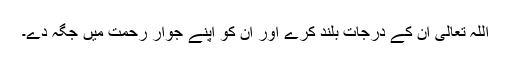
اللہ تعالیٰ ان کے درجات بلند کرے اور ان کو اپنے جوارِ رحمت میں جگہ دے۔